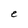
Character: e